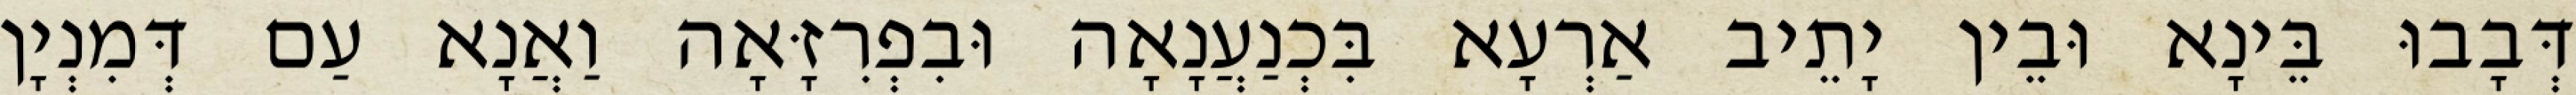
דְּבָבוּ בֵּינָא וּבֵין יָתֵיב אַרְעָא בִּכְנַעֲנָאָה וּבִפְרִזָּאָה וַאֲנָא עַם דְּמִנְיָן